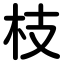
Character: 枝